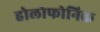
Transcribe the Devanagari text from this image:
होलोफोनिक